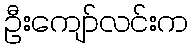
ဦးကျော်လင်းက